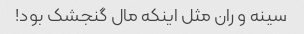
سینه و ران مثل اینکه مال گنجشک بود!